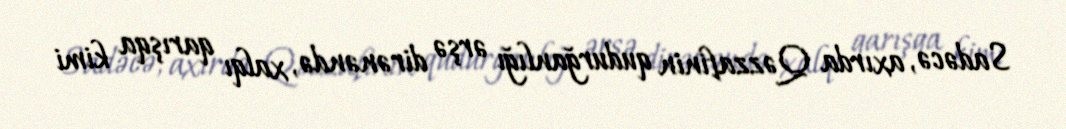
Sadəcə, axırda Qəzzafinin qudurğanlığı ərşə dirənəndə, xalqı qarışqa kimi